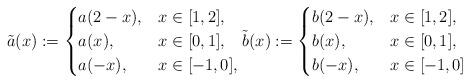
LaTeX: \begin{align*}\tilde a(x):= \begin{cases}a(2-x),& x \in [1,2],\\a(x), & x \in [0,1],\\a(-x), & x \in [-1,0],\end{cases} \tilde b(x):= \begin{cases}b(2-x),& x \in [1,2],\\b(x), & x \in [0,1],\\b(-x), & x \in [-1,0]\end{cases}\end{align*}